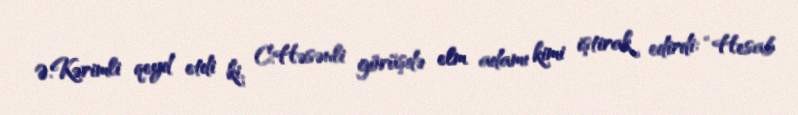
Ə.Kərimli qeyd etdi ki, C.Həsənli görüşdə elm adamı kimi iştirak edirdi: “Hesab